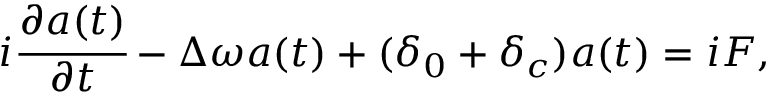
i \cfrac { \partial a ( t ) } { \partial t } - \Delta \omega a ( t ) + ( \delta _ { 0 } + \delta _ { c } ) a ( t ) = i F ,